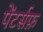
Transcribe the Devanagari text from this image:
पेंटर्सफ़